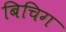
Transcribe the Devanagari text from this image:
बिचिग